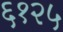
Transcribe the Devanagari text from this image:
६१२५